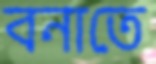
বনাতে